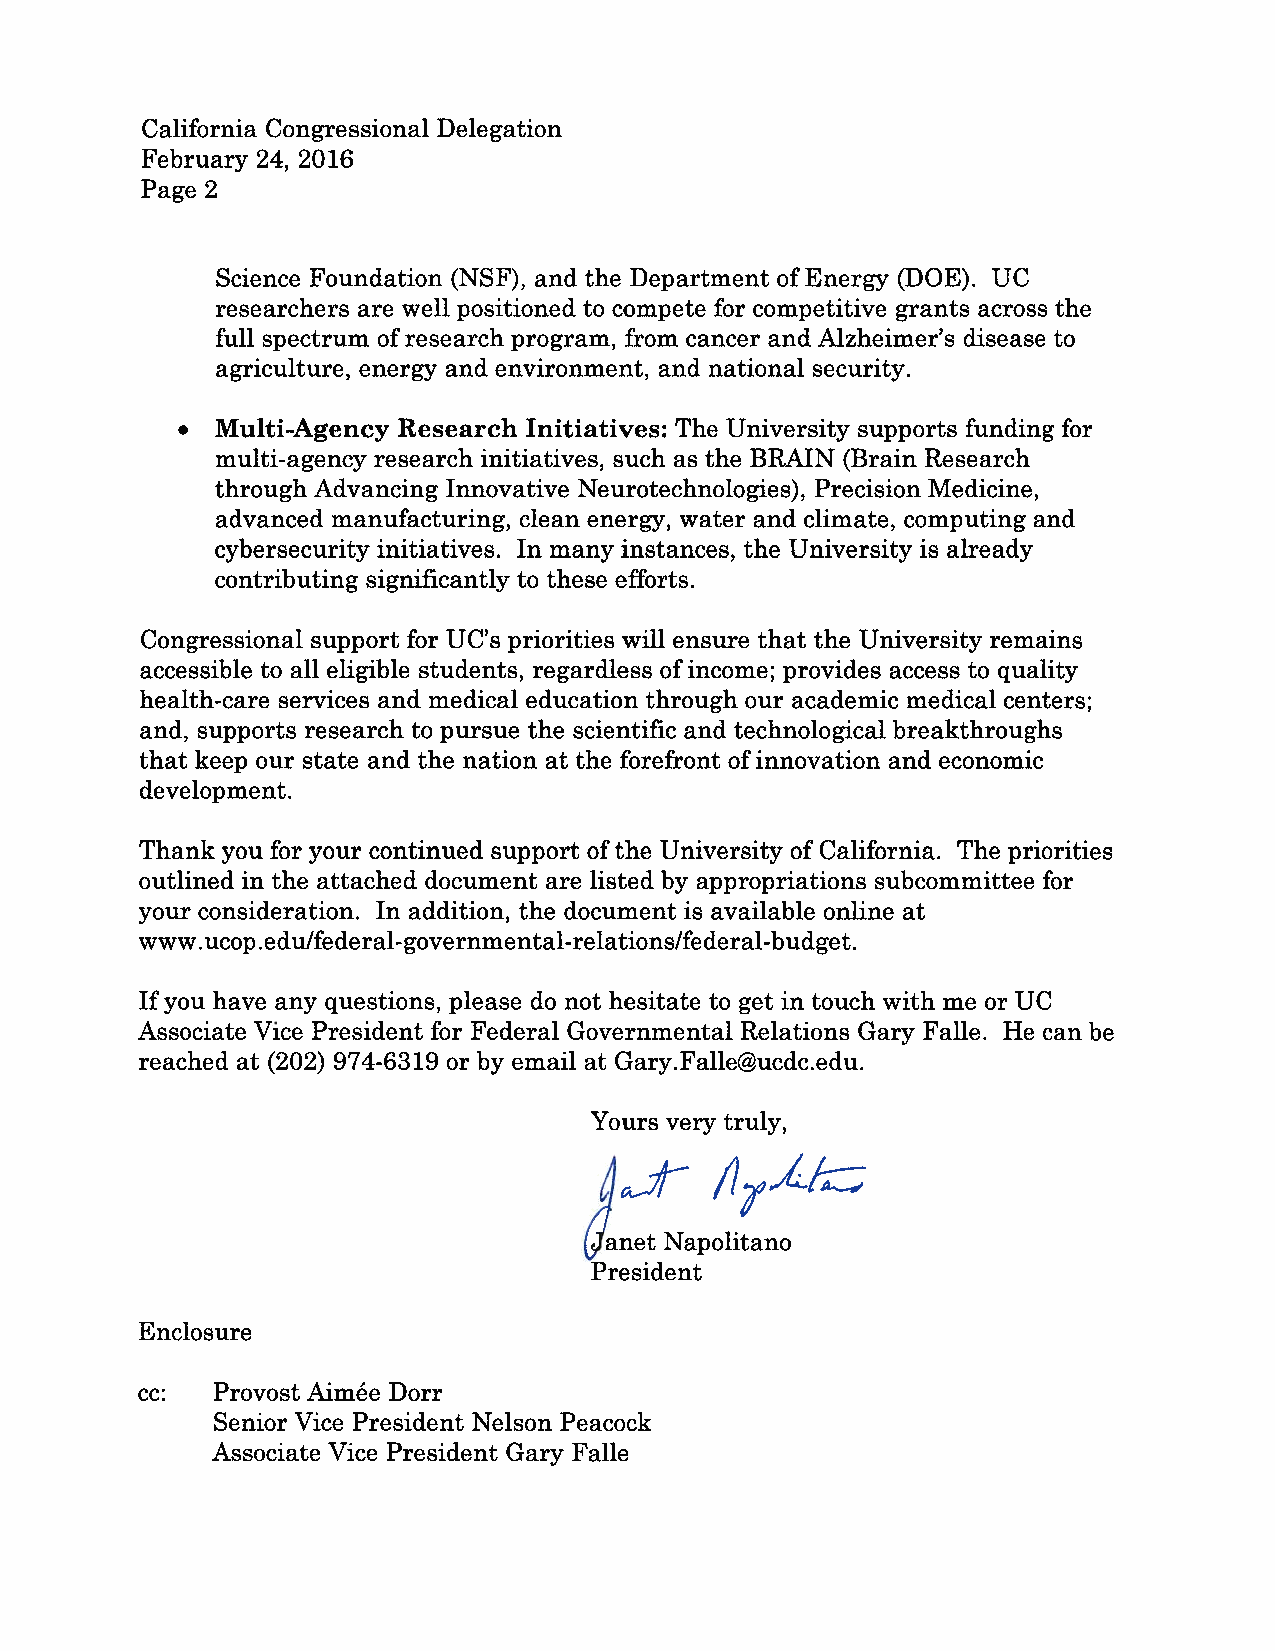
California Congressional Delegation
 February 24, 2016
 Page 2
 Science Foundation (NSF), and the Department ofEnergy (DOE). UC
 researchers are well positioned to compete for competitive grants across the
 full spectrum ofresearch program, from cancer and Alzheimer’s disease to
 agriculture, energy and environment, and national security.
 Multi-Agency Research Initiatives: The University supports funding for
 multi-agency research initiatives, such as the BRAIN (Brain Research
 through Advancing Innovative Neurotechnologies), Precision Medicine,
 advanced manufacturing, clean energy, water and climate, computing and
 cybersecurity initiatives. In many instances, the University is already
 contributing significantly to these efforts.
 Congressional support for UC’s priorities will ensure that the University remains
 accessible to all eligible students, regardless ofincome; provides access to quality
 health-care services and medical education through our academic medical centers;
 and, supports research to pursue the scientific and technological breakthroughs
 that keep our state and the nation at the forefront ofinnovation and economic
 development.
 Thank you for your continued support ofthe University of California. The priorities
 outlined in the attached document are listed by appropriations subcommittee for
 your consideration. In addition, the document is available online at
 www.ucop.edu/federal-governmental-relations/federal-budget.
 Ifyou have any questions, please do not hesitate to get in touch with me or UC
 Associate Vice President for Federal Governmental Relations Gary Falle. He can be
 reached at (202) 974-6319 or by email at Gary.Falle@ucdc.edu.
 Yours very truly,
 lanet Napolitano
 President
 Enclosure
 cc:  Provost Aimée Dorr
 Senior Vice President Nelson Peacock
 Associate Vice President Gary Falle